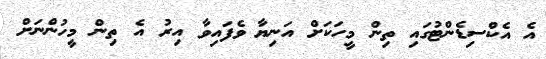
އެ އެކްސިޑެންޓުގައި ތިން މީހަކަށް އަނިޔާ ވެފައިވާ އިރު އެ ތިން މީހުންނަށް